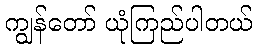
ကျွန်တော် ယုံကြည်ပါတယ်